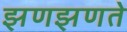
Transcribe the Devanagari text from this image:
झणझणते